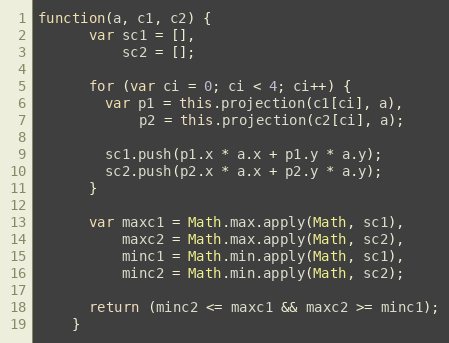
Language: JavaScript
function(a, c1, c2) {
      var sc1 = [],
          sc2 = [];

      for (var ci = 0; ci < 4; ci++) {
        var p1 = this.projection(c1[ci], a),
            p2 = this.projection(c2[ci], a);

        sc1.push(p1.x * a.x + p1.y * a.y);
        sc2.push(p2.x * a.x + p2.y * a.y);
      }

      var maxc1 = Math.max.apply(Math, sc1),
          maxc2 = Math.max.apply(Math, sc2),
          minc1 = Math.min.apply(Math, sc1),
          minc2 = Math.min.apply(Math, sc2);

      return (minc2 <= maxc1 && maxc2 >= minc1);
    }